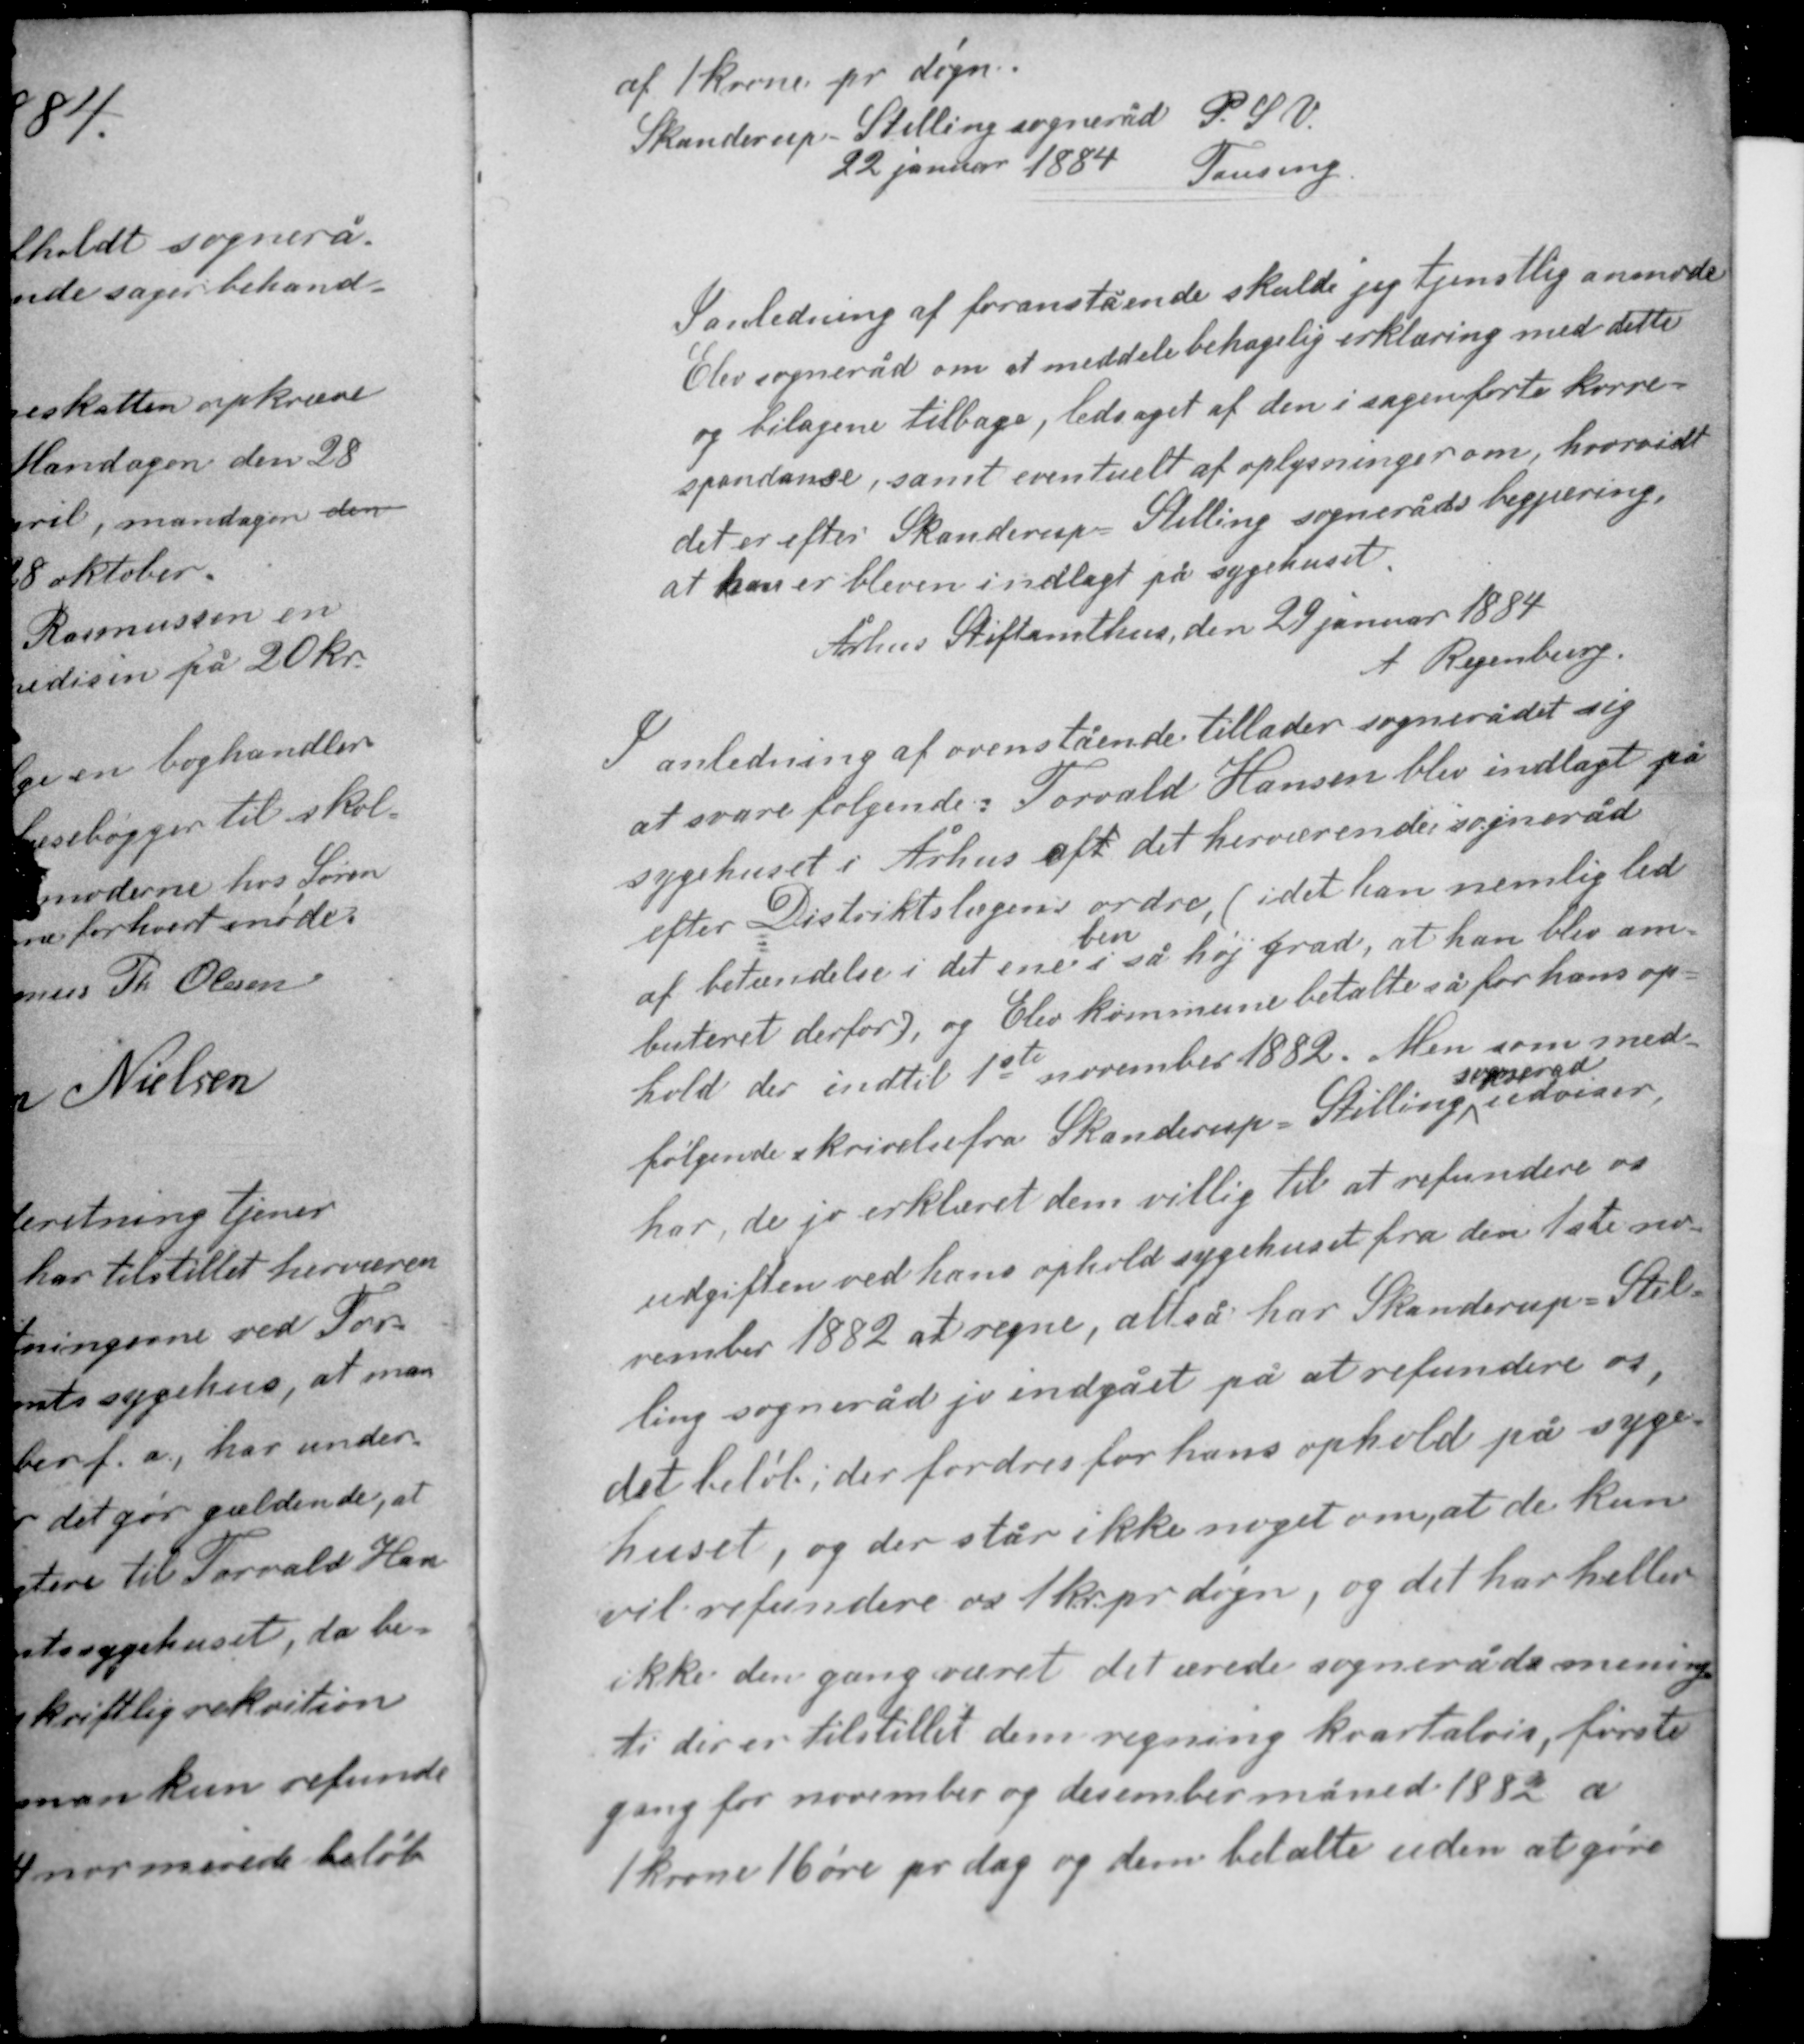
Transskription:
af 1 krone pr døgn.
Skanderup - Stilling sogneråd P.S.V.
22 januar 1884
Tausing

I anledning af foranstående skulde jeg tjenstlig anmode
Elev sogneråd om at meddele behagelig erklæring med dette
og bilagene tilbage, ledsaget af den i sagen førte korre-
spondanse, samt eventuelt af oplysninger om, hvorvidt
det er efter Skanderup - Stilling sogneråds begjæring
at han er bleven indlagt på sygehuset.
Århus Stiftamthus, den 22 januar 1884
A. Regenburg

I anledning af ovenstående tillader sognerådet sig
at svare følgende: Torvald Hansen blev indlagt på
sygehuset i Århus aft herværende sogneråd
efter Distriktslægens ordre, (idet han nemlig led
af betændelse i det ene i så høj grad, at han blev am-
ben
buteret derfor), og Elev kommune betalte så for hans op-
hold der indtil 1ste november 1882. Men som med-
sogneråd
følgende skrivelse fra Skanderup - Stilling udviser
har de jo erklæret dem villig til at refundere os

udgiften ved hans ophold sygehuset fra den 1ste no-
vember 1882 at regne, altså har Skanderup - Stil-
ling sogneråd jo indgået på at refundere os,
det beløb, der fordres for hans ophold på syge-
huset, og der står ikke noget om, at de kun
vil refundere os 1 kr pr døgn, og det har heller
ikke den gang været det ærede sogneråds mening
ti der er tilstillet dem regning kvartalsvis, første
gang for november og december måned 1882 a
1 krone 16 øre pr. dag og dem betalte uden at gøre